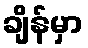
ချိန်မှာ